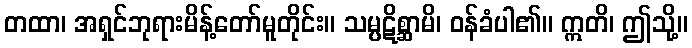
တထာ၊ အရှင်ဘုရားမိန့်တော်မူတိုင်း။ သမ္ပဋိစ္ဆာမိ၊ ဝန်ခံပါ၏။ ဣတိ၊ ဤသို့။